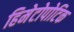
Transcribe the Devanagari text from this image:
हिमेटोपोटिक